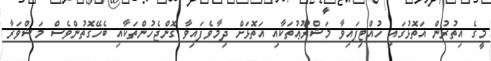
މީގެ އިތުރުން އަތޮޅުގައި ހުއްޓިފައިވާ މަޝްރޫޢުތަކާއި އަތޮޅަށް ދިމާވެފައިވާ ގޮންޖެހުންތަކާއި ބެހޭގޮތުންވެސް މަޝްވަރާ